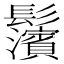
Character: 𩰄